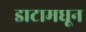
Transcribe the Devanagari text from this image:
डाटामधून